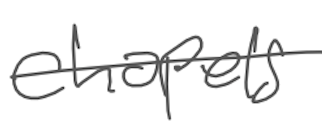
Text: chapels
Cross-out: single-line
Writing tool: digital_gray